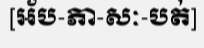
[អ័ប-ភា-សៈ-បត់]